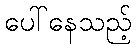
ပေါ်နေသည့်